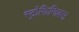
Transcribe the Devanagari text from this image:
स्ट्रोफिजिक्स